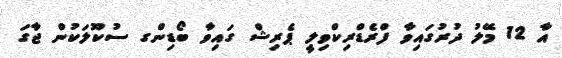
އާ 12 މޭލު ދުރުގައިވާ ފްރެޑްރިކްވިލީ ޕެރިޝް ގައިވާ ބޯޑިންގ ސުކޫލަކުން ޖާގަ